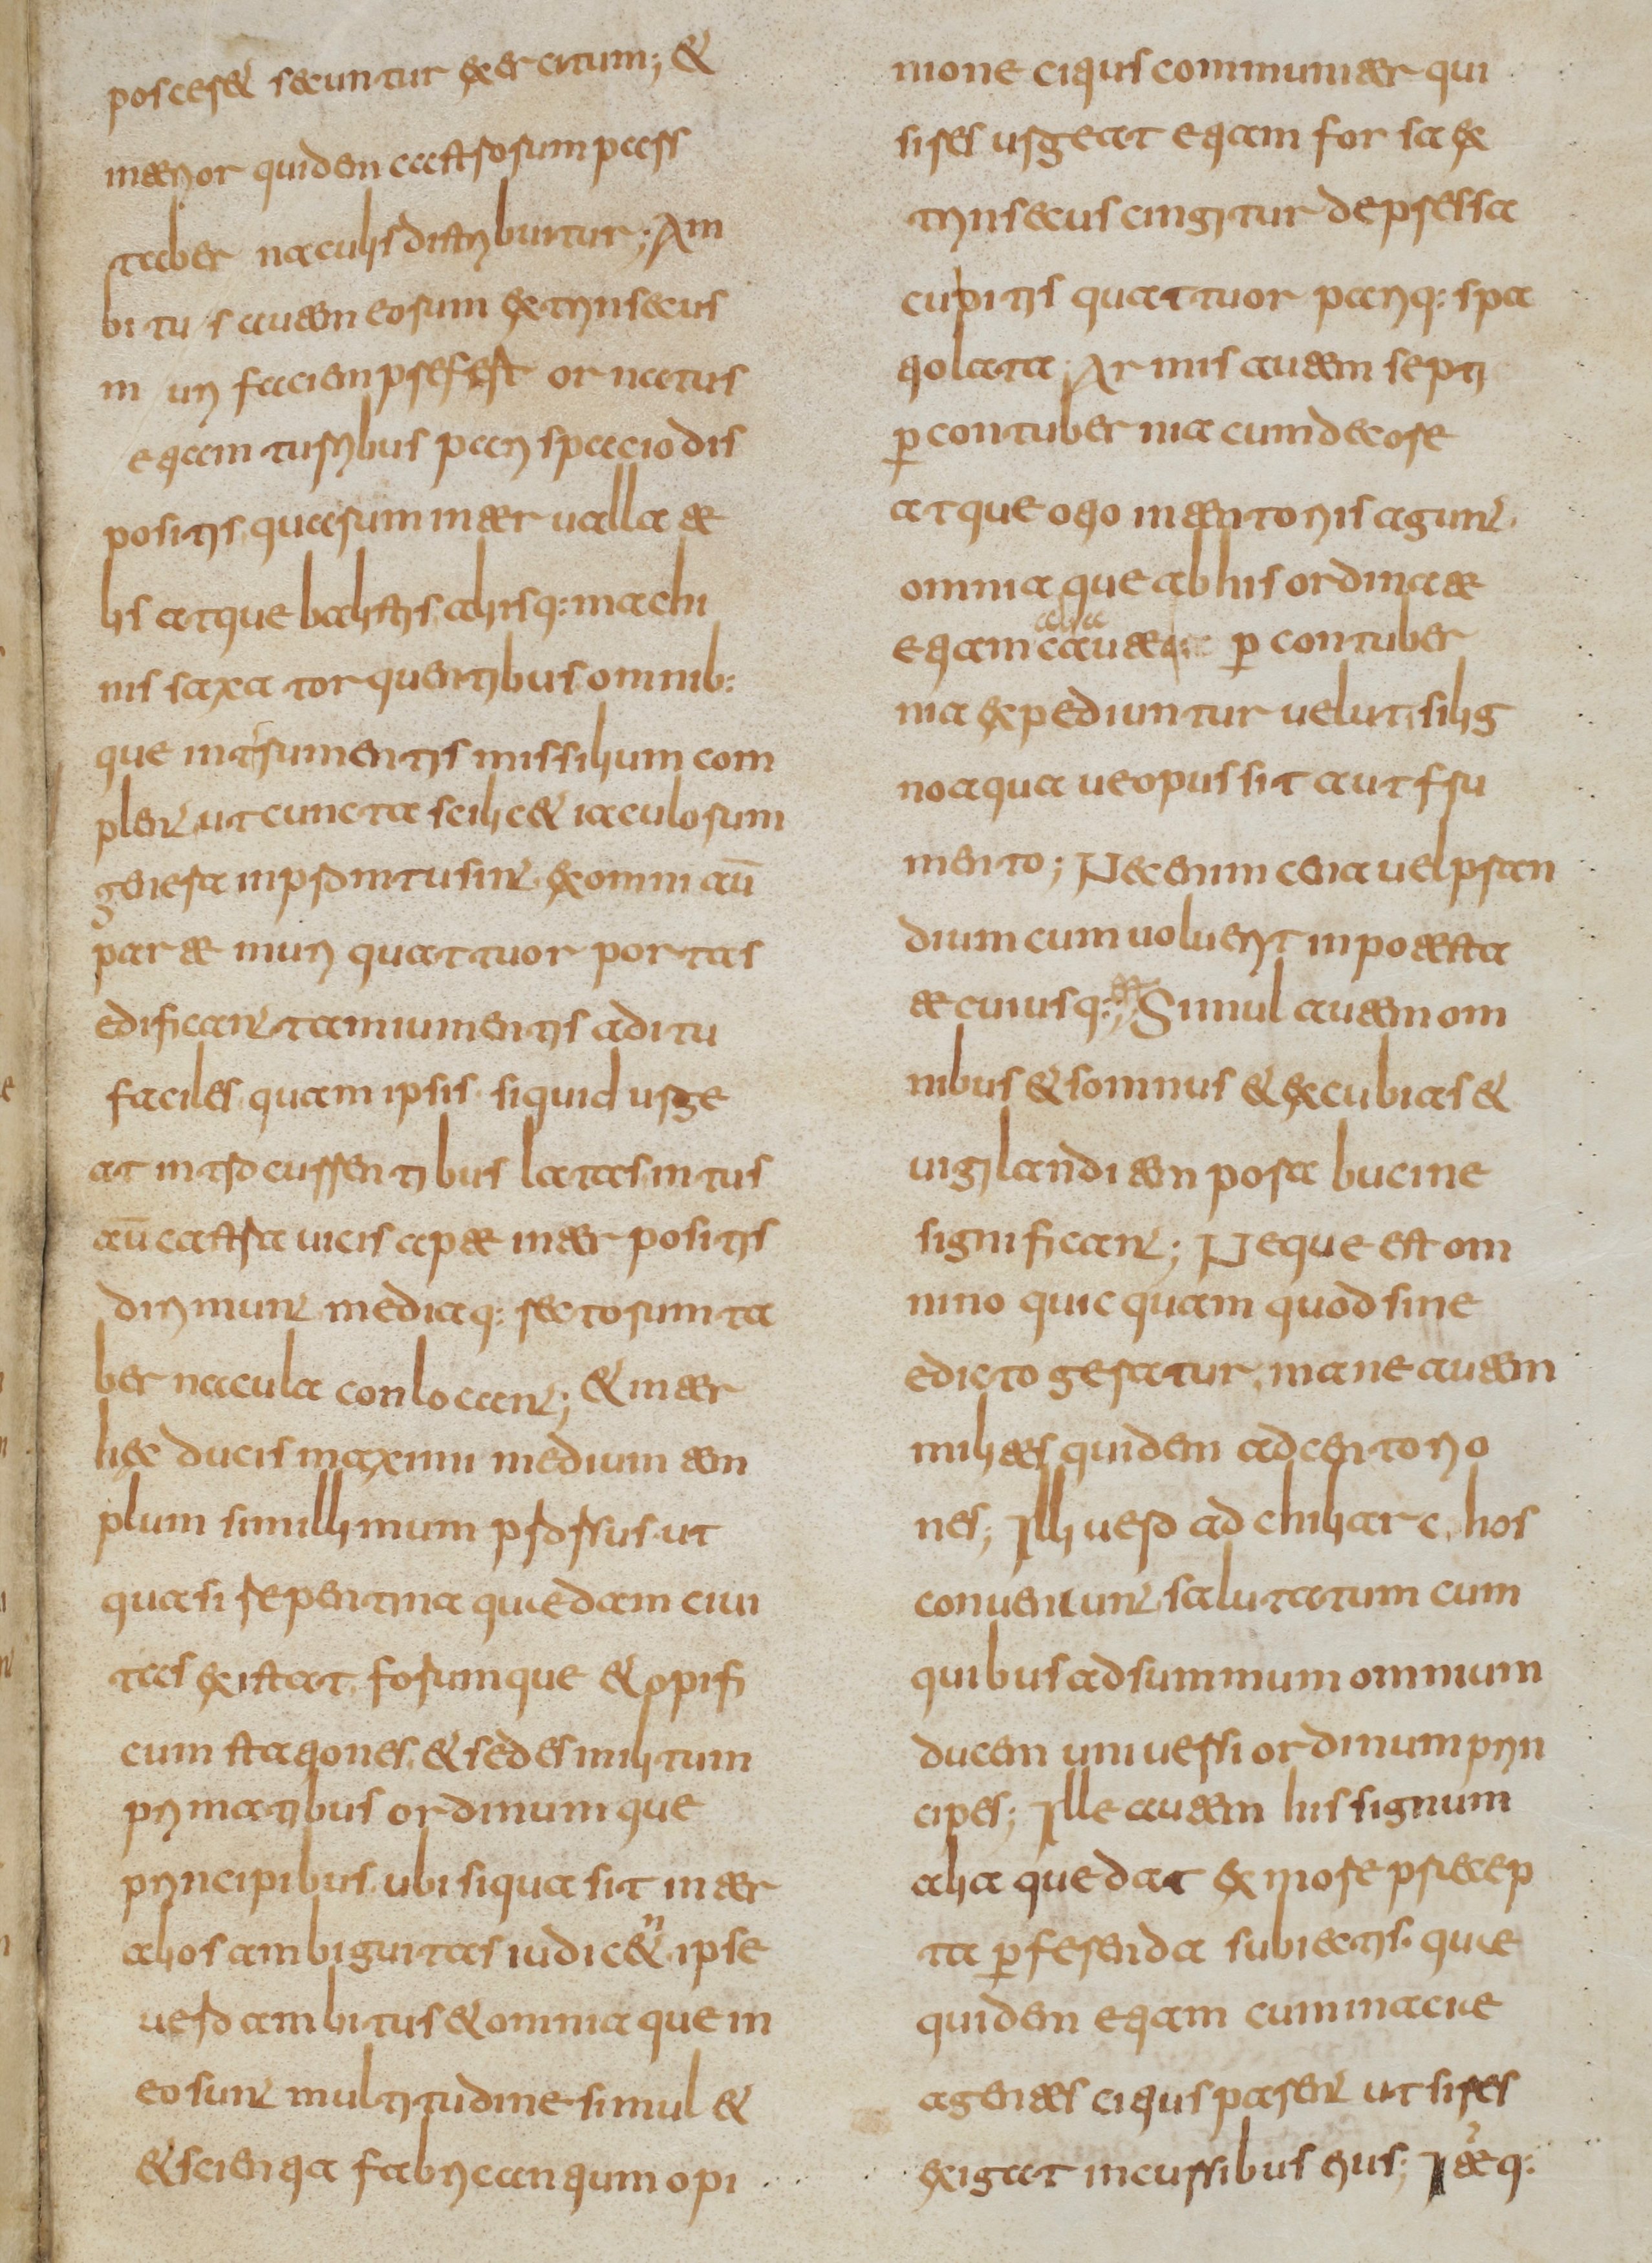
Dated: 800–849